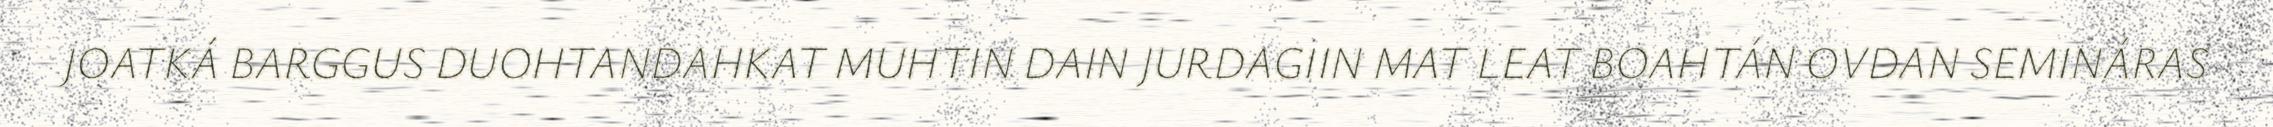
JOATKÁ BARGGUS DUOHTANDAHKAT MUHTIN DAIN JURDAGIIN MAT LEAT BOAHTÁN OVDAN SEMINÁRAS